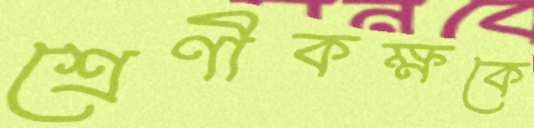
শ্রেণীকক্ষকে